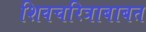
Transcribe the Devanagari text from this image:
शिवचरित्राबाबत